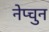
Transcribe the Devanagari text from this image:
नेप्चुन